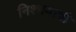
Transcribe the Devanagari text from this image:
निश्चयाची